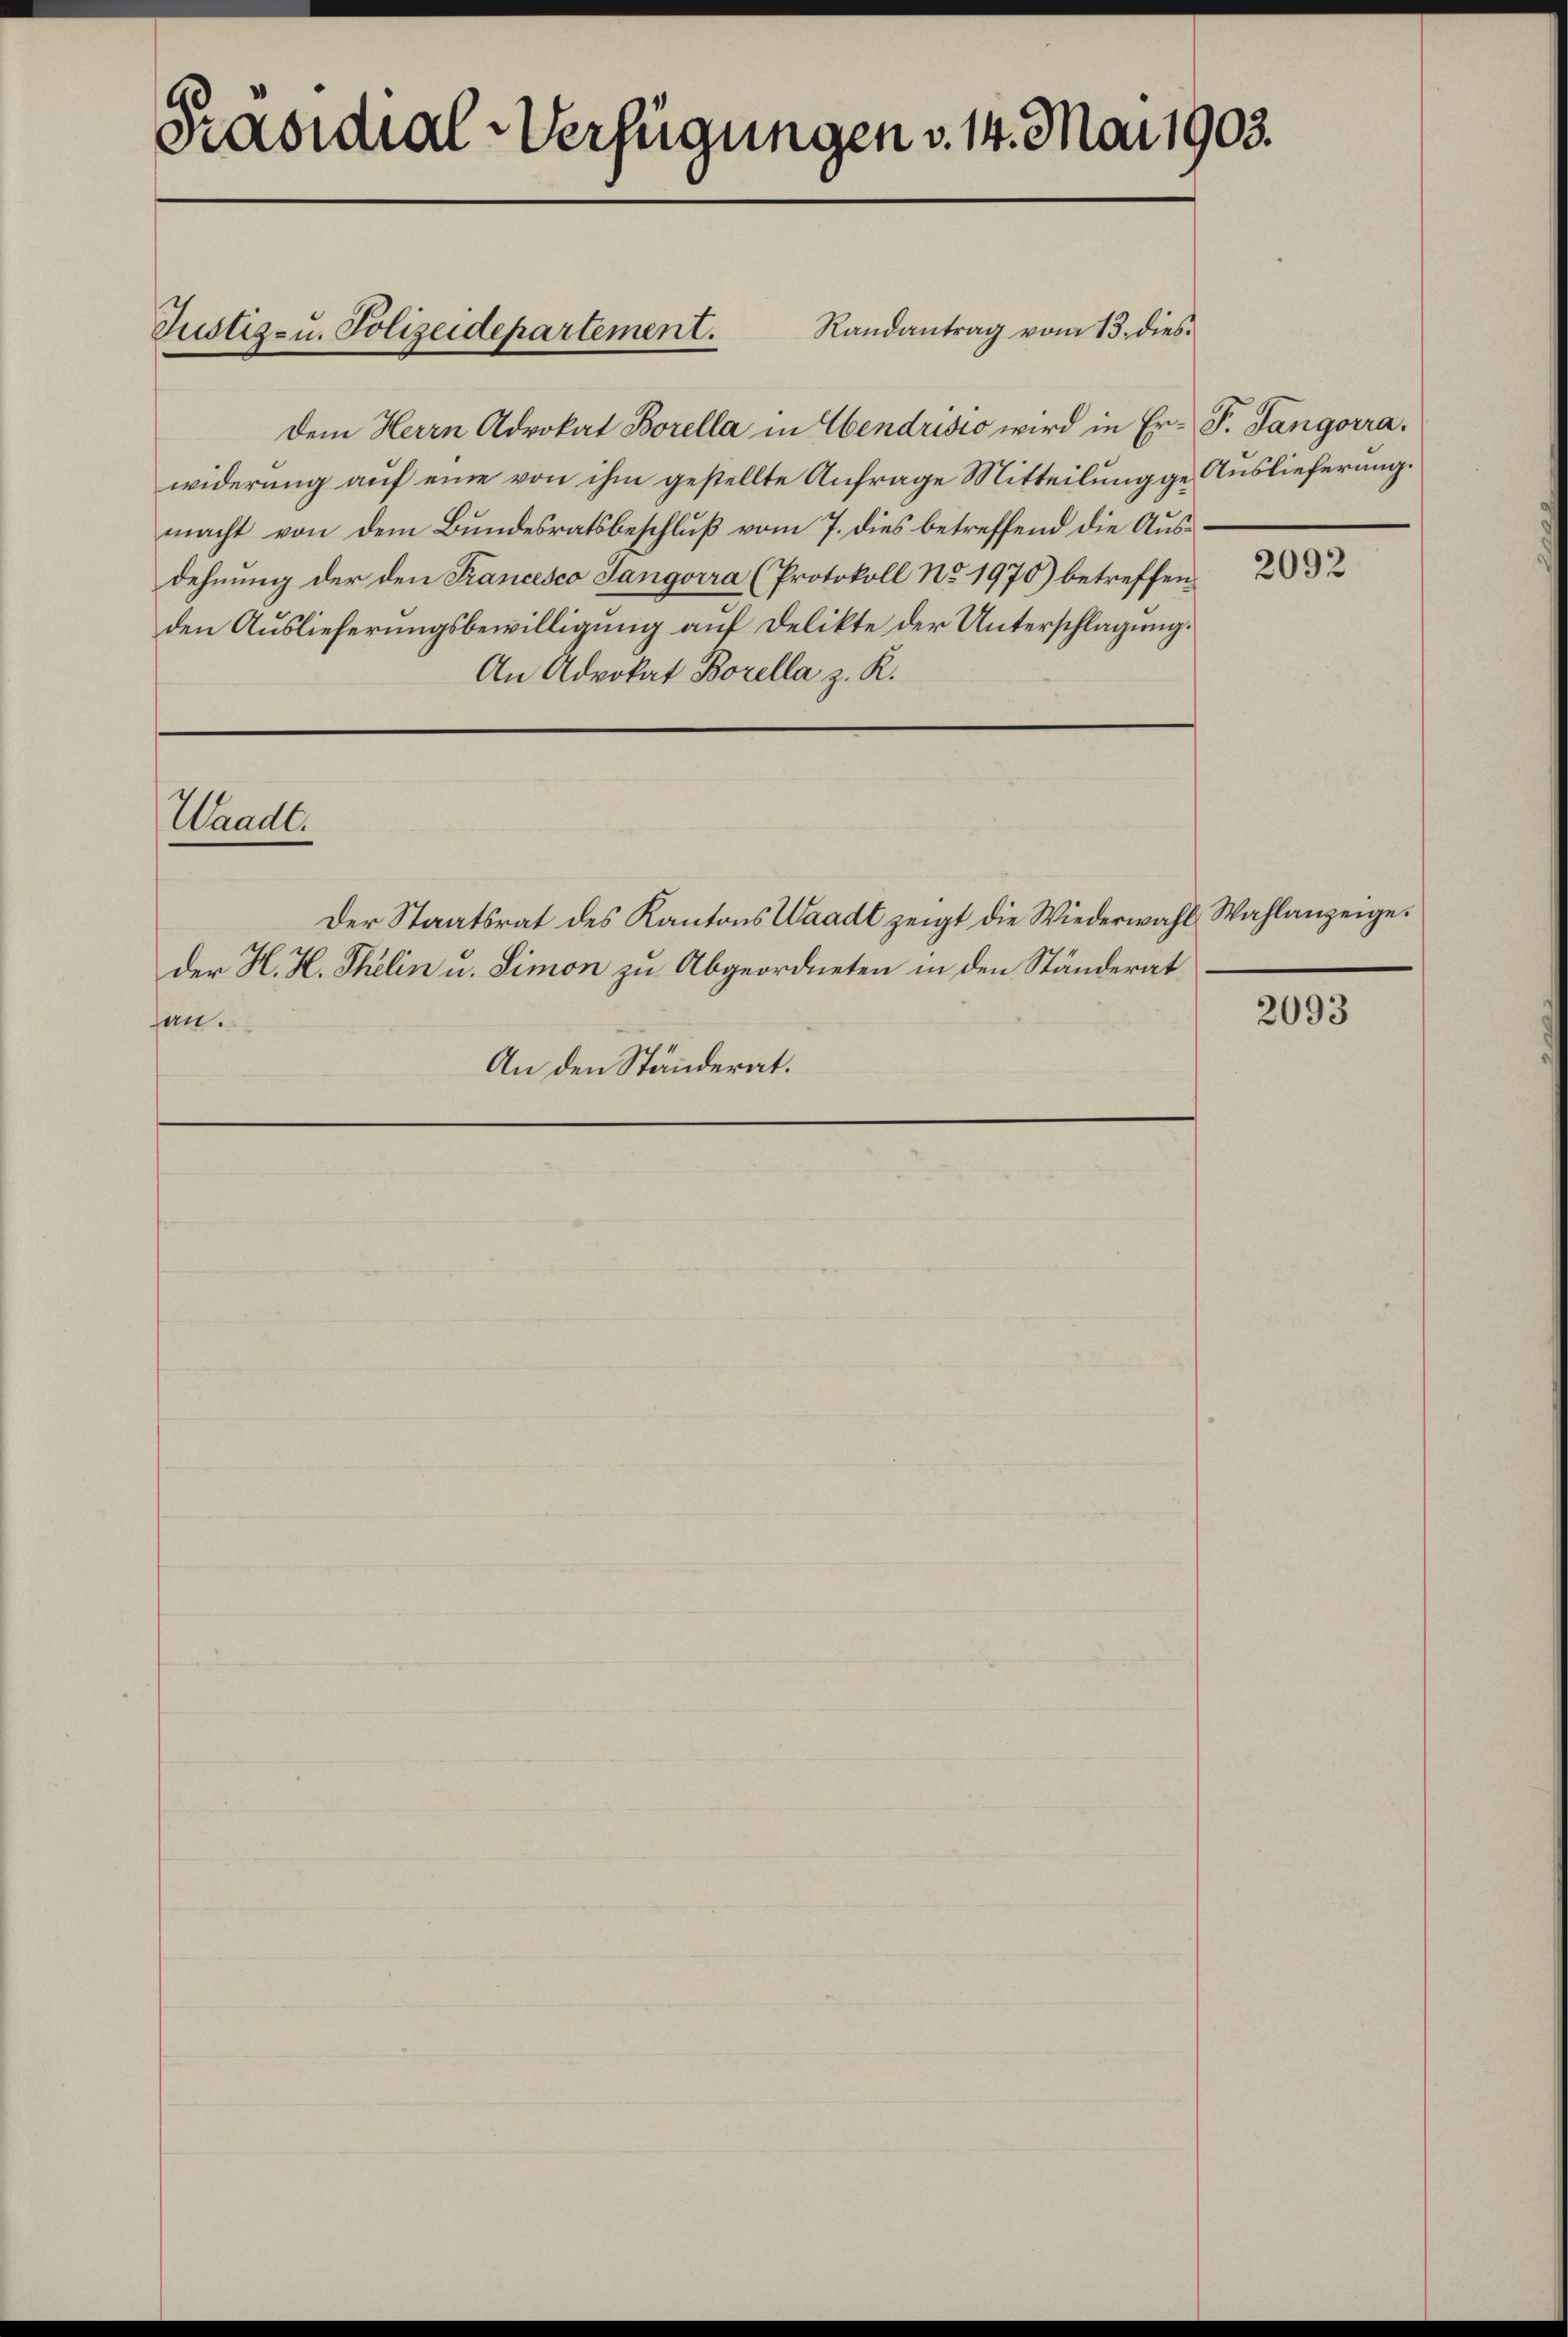
Präsidial-Verfügungen v. 14. Mai 1903.

Justiz- u. Polizeidepartement.

Randantrag vom 13. dies
Dem Herrn Advokat Borella in Abendrisio wird in Er- P. Tangorra
widerung auf eine von ihm gestellte Anfrage Mitteilung ge- Auslieferung.
macht von dem Bundesratsbeschluß vom 7. dies betreffend die Ausdehnung der den Francesco Sangorra (Protokoll No 1970) betreffen
den Auslieferungsbewilligung auf Delikte der Unterschlagung.
An Advokat Borella z. R.

Waadt.

Der Staatsrat des Kantons Waadt zeigt die Wiederwahl Wahlanzeige.
der H. H. Thelin u. Simon zu Abgeordneten in den Ständerat
an.
An den Ständerat.

2092

l

2093